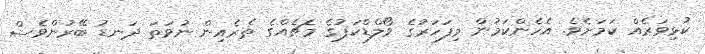
ކުޅިވަރެއް ކަމަށެވެ. އެހެންކަމުން މިފަހަރުގެ ވޯލްޑްކަޕުގެ މެޗެއްގެ ތެރެއިން ނުވަތަ ދަނޑު ބޭރުންވެސް